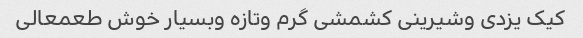
کیک یزدی وشیرینی کشمشی گرم وتازه وبسیار خوش طعمعالی